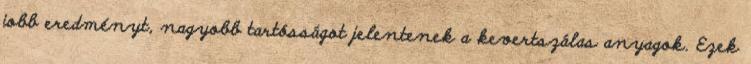
jobb eredményt, nagyobb tartósságot jelentenek a kevertszálas anyagok. Ezek